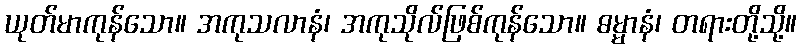
ယုတ်မာကုန်သော။ အကုသလာနံ၊ အကုသိုလ်ဖြစ်ကုန်သော။ ဓမ္မာနံ၊ တရားတို့သို့။